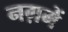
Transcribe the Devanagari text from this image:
नग़में